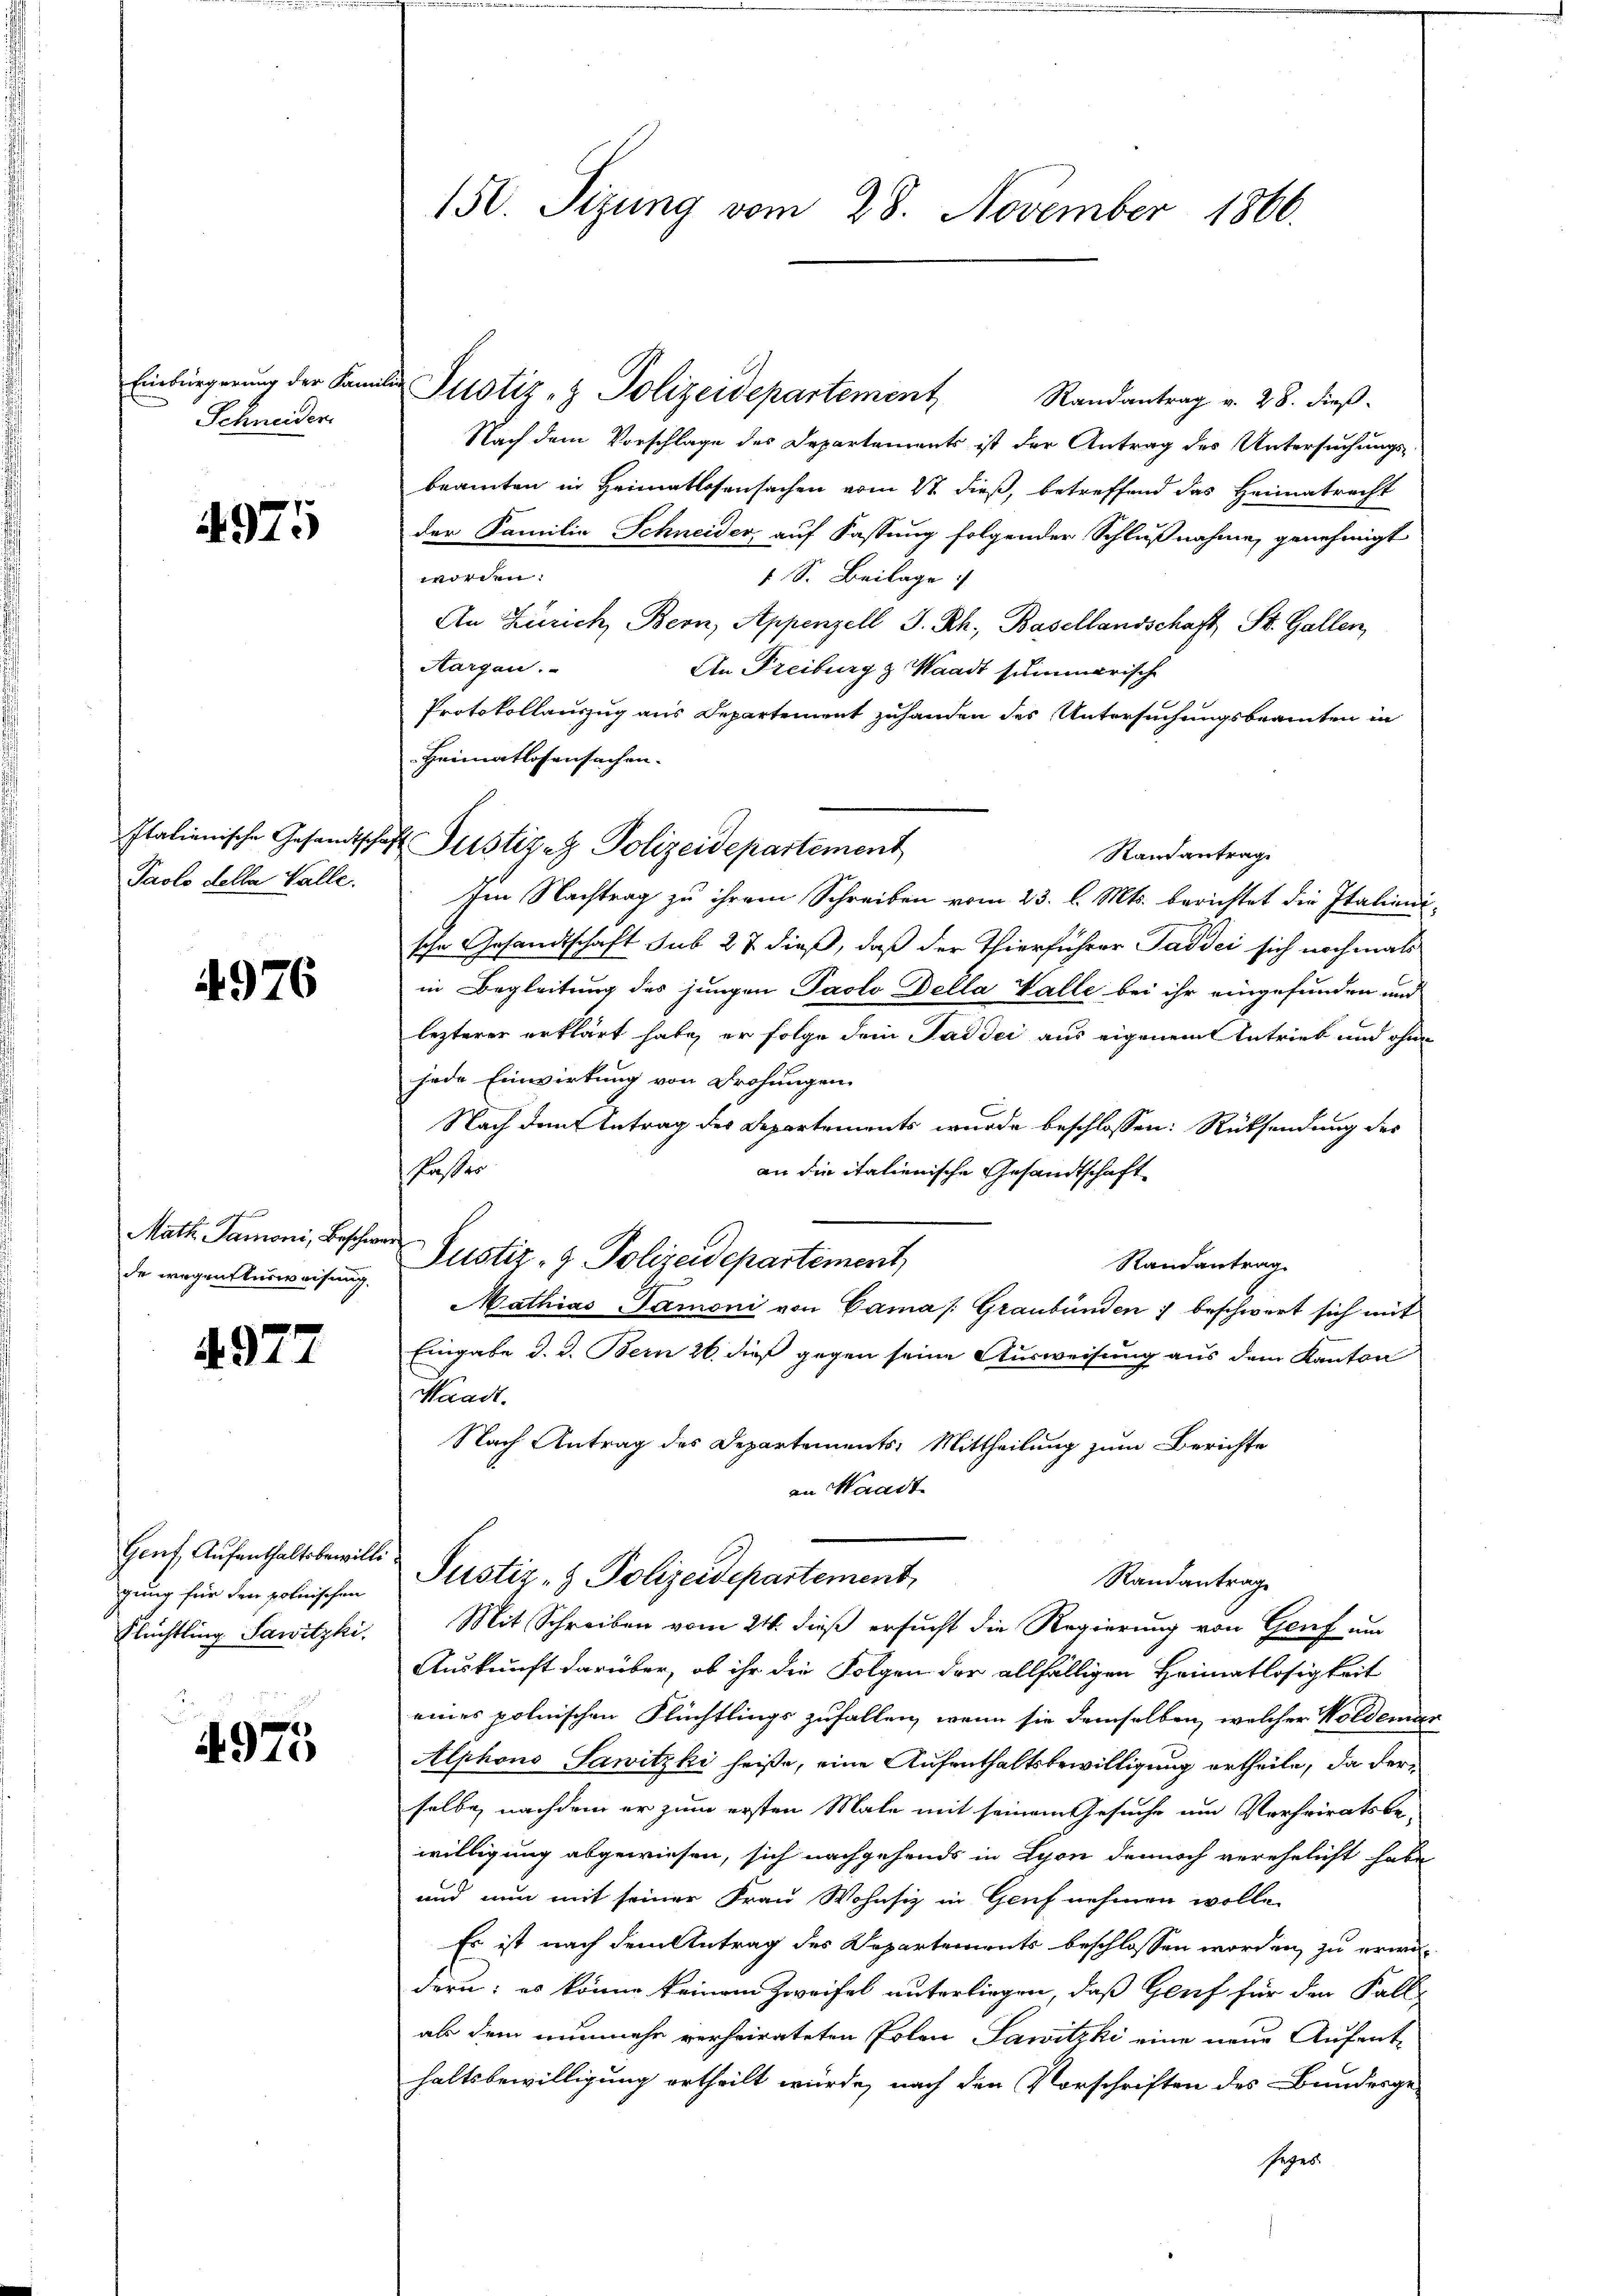
Schneider.

4975

Paolo della Valle.

4976

Math. Samoni, Beschwer
de wegen Ausweisung.

497.

Genf, Aufenthaltsbewilli
gung für den polnischen
Flüchtling Sawitzki

4975

150. Sizung vom 28. November 1860.

Einbürgerŭng der Familie Justiz & Polizeidepartement Randantrag v. 28. dieβ.
Nach dem Vorschlage des Departements ist der Antrag des Untersuchungs-
beamten in Heimatlosensachen vom 2t dieß, betreffend das Heimatrecht
der Familie Schneider, auf Fassung folgender Schlußnahme genehmigt
worden:
1 S. Beilage
An Zürich, Bern, Appenzell S. Rh., Basellandschaft, St. Gallen,
Aargau.
An Freiburg z. Waadt summarische
Protokollauszug aus Departement zuhanden des Untersuchungsbeamten in
Heimatlosensachen.
Randantrag
Im Nachtrag zu ihrem Schreiben vom 23. l. Mts. berichtet die Italienische Gesandtschaft sub 27 dieß, daß der Thierführer Saddei sich nochmals
in Begleitung des jungen Paolo Della Valle bei ihr eingefunden und
lezterer erklärt habe, er folge dem Paddei aus eigenem Antrieb und ohne
jede Einwirkung von Drohungen
Nach dem Antrag des Departements wurde beschlossen: Rücksendung des
Fasser
an die italienische Gesandtschaft
Justiz- & Polizeidepartement,
Randantrag
Mathias Tamoni von Cama (Graubünden ; beschwort sich mit
Eingabe d. d. Bern 26. dieß gegen seine Ausweisung aus dem Kanton
Waadt.
Nach Antrag des Departements: Mittheilung zum Berichte
an Waadt
Justiz- & Polizeidepartement,
Standantrage
Mit Schreiben vom 24. dieß ersucht die Regierung von Genf um
Auskunft darüber, ob ihr die Folgen der allfälligen Heimatlosigkeit
eines polnischen Flüchtlings zufallen, wenn sie demselben, welcher Woldemar
Alphons Sawitzki heiße, eine Aufenthaltsbewilligung ertheile, da der
selbe nachdem er zum ersten Male mit seinem Gesuche um Verheiratsbe-
willigung abgewiesen, sich nachgehends in Lyon dennoch verehelicht habe
und nun mit seiner Frau Wohnsiz in Genf nehmen wolle,
Es ist nach dem Antrag des Departements beschlossen worden, zu erwis-
dern; es könne keinem Zweifel unterliegen, daß Greif für den Fall
als dem nunmehr verheirateten Polen Lawitzki eine neue Aufenthaltsbewilligung ertheilt würde, nach den Vorschriften des Bundesge-
eges

Italienische Gesandtschaft Pustizen Polizeidepartement